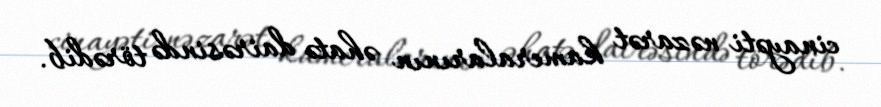
cinayəti nəzarət kameralarının əhatə dairəsində törədib.